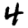
Digit: 4